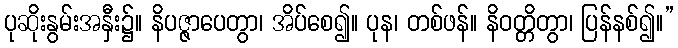
ပုဆိုးနွမ်းအနှီး၌။ နိပဇ္ဇာပေတွာ၊ အိပ်စေ၍။ ပုန၊ တစ်ဖန်။ နိဝတ္တိတွာ၊ ပြန်နစ်၍။”